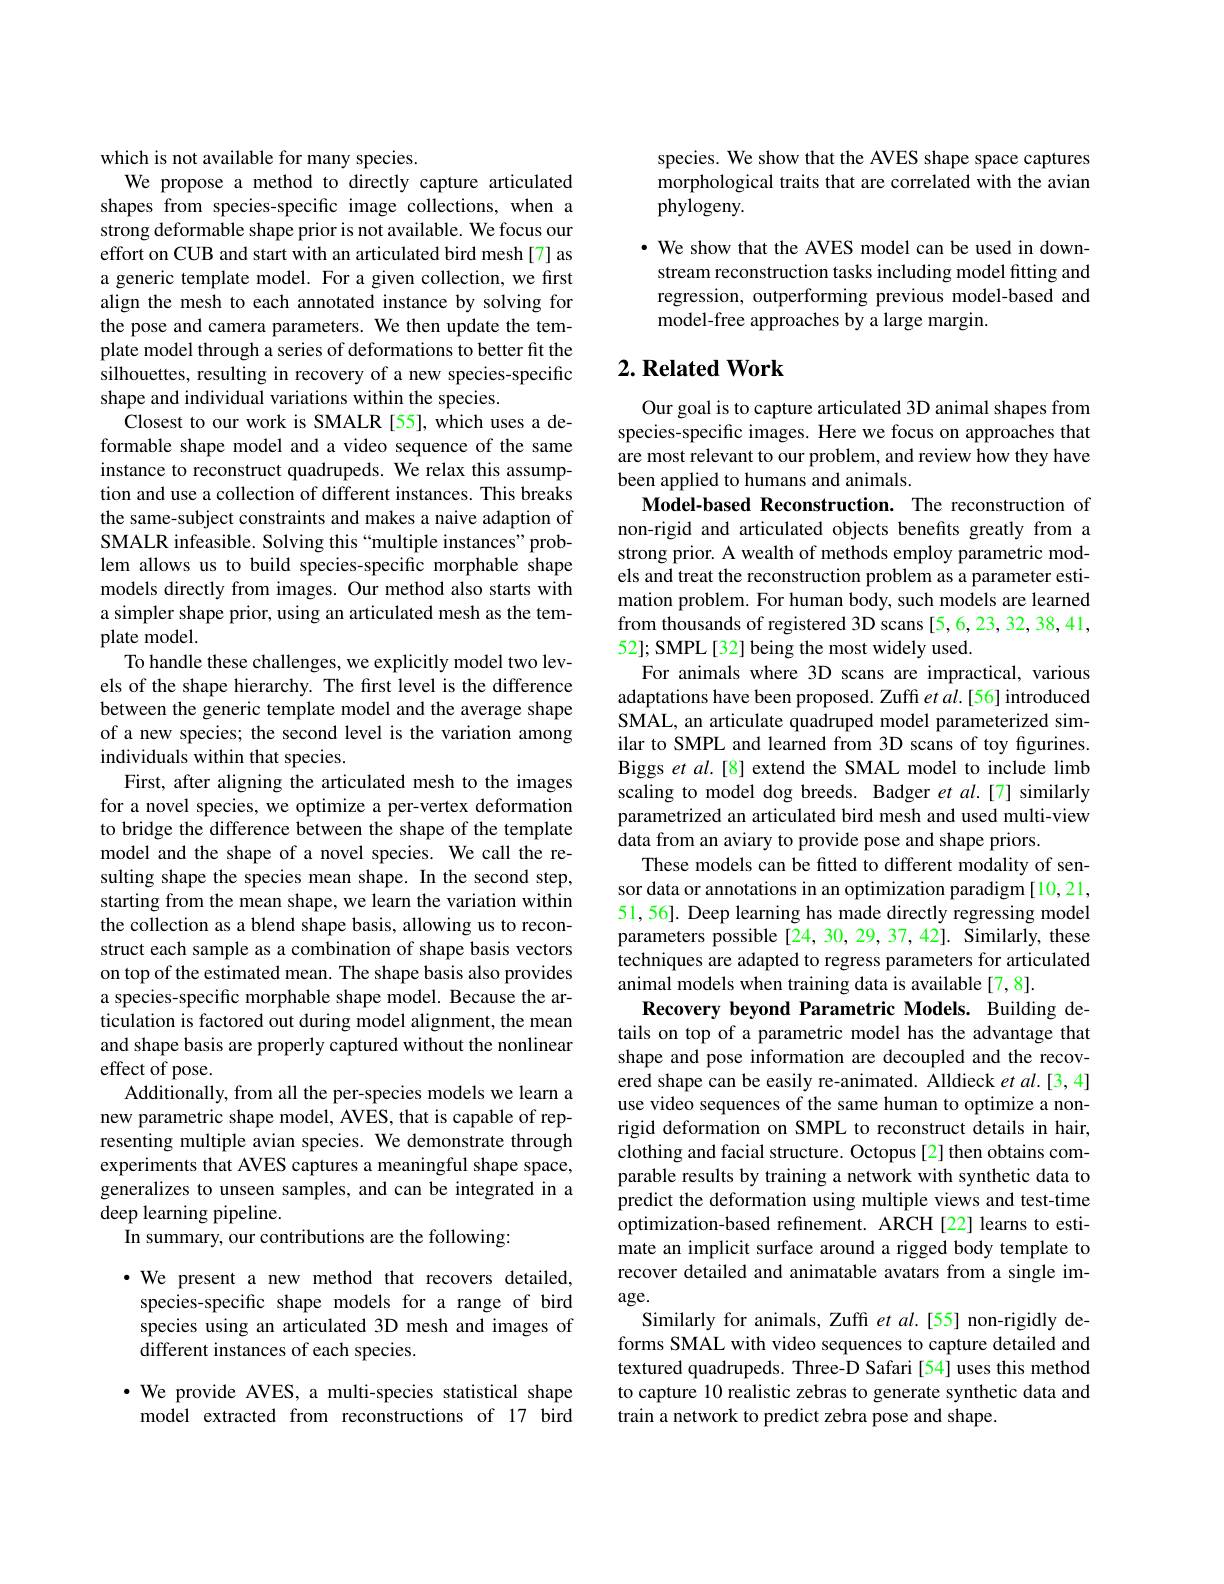
which is not available for many species.
We propose a method to directly capture articulated shapes from species-specific image collections, when a strong deformable shape prior is not available. We focus our effort on CUB and start with an articulated bird mesh[7] as a generic template model. For a given collection, we first align the mesh to each annotated instance by solving for the pose and camera parameters. We then update the template model through a series of deformations to better fit the silhouettes, resulting in recovery of a new species-specific shape and individual variations within the species.
Closest to our work is SMALR [55], which uses a deformable shape model and a video sequence of the same instance to reconstruct quadrupeds. We relax this assumption and use a collection of different instances. This breaks the same-subject constraints and makes a naive adaption of SMALR infeasible. Solving this“multiple instances”problem allows us to build species-specific morphable shape models directly from images. Our method also starts with a simpler shape prior, using an articulated mesh as the template model.
To handle these challenges, we explicitly model two levels of the shape hierarchy. The first level is the difference between the generic template model and the average shape of a new species; the second level is the variation among individuals within that species.
First, after aligning the articulated mesh to the images for a novel species, we optimize a per-vertex deformation to bridge the difference between the shape of the template model and the shape of a novel species. We call the resulting shape the species mean shape. In the second step, starting from the mean shape, we learn the variation within the collection as a blend shape basis, allowing us to reconstruct each sample as a combination of shape basis vectors on top of the estimated mean. The shape basis also provides a species-specific morphable shape model. Because the articulation is factored out during model alignment, the mean and shape basis are properly captured without the nonlinear effect of pose.
Additionally, from all the per-species models we learn a new parametric shape model, AVES, that is capable of representing multiple avian species. We demonstrate through experiments that AVES captures a meaningful shape space, generalizes to unseen samples, and can be integrated in a deep learning pipeline.
In summary, our contributions are the following:
$\bullet$ We present a new method that recovers detailed,

species-specific shape models for a range of bird species using an articulated 3D mesh and images of different instances of each species.

$\cdot$ We provide AVES, a multi-species statistical shape model extracted from reconstructions of 17 bird

species. We show that the AVES shape space captures morphological traits that are correlated with the avian phylogeny.

· We show that the AVES model can be used in downstream reconstruction tasks including model fitting and regression, outperforming previous model-based and model-free approaches by a large margin.

### $2. \textbf{Related Work}$

Our goal is to capture articulated 3D animal shapes from species-specific images. Here we focus on approaches that are most relevant to our problem, and review how they have been applied to humans and animals.
Model-based Reconstruction. The reconstruction of non-rigid and articulated objects benefits greatly from a strong prior. A wealth of methods employ parametric models and treat the reconstruction problem as a parameter estimation problem. For human body, such models are learned from thousands of registered 3D scans [5,6,23,32,38,41, 52]; SMPL[32] being the most widely used.
For animals where 3D scans are impractical, various adaptations have been proposed. Zuffi $etal.[56]$ introduced SMAL, an articulate quadruped model parameterized similar to SMPL and learned from 3D scans of toy figurines. Biggs et al.[8] extend the SMAL model to include limb scaling to model dog breeds. Badger et $al.[7]$ similarly parametrized an articulated bird mesh and used multi-view data from an aviary to provide pose and shape priors.
These models can be fitted to different modality of sensor data or annotations in an optimization paradigm [10,21, 51, 56]. Deep learning has made directly regressing model parameters possible [24, 30, 29, 37, 42]. Similarly, these techniques are adapted to regress parameters for articulated animal models when training data is available [7,8].
Recovery beyond Parametric Models. Building details on top of a parametric model has the advantage that shape and pose information are decoupled and the recovered shape can be easily re-animated. Alldieck et $al.[3,4]$ use video sequences of the same human to optimize a nonrigid deformation on SMPL to reconstruct details in hair, clothing and facial structure. Octopus[2] then obtains comparable results by training a network with synthetic data to predict the deformation using multiple views and test-time optimization-based refinement. ARCH[22] learns to estimate an implicit surface around a rigged body template to recover detailed and animatable avatars from a single im- $\arg$e.
Similarly for animals, Zuffi et al.[55] non-rigidly deforms SMAL with video sequences to capture detailed and textured quadrupeds. Three-D Safari[54] uses this method to capture 10 realistic zebras to generate synthetic data and train a network to predict zebra pose and shape.